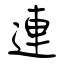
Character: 連